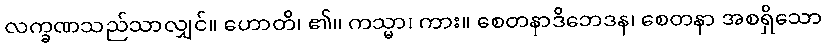
လက္ခဏသည်သာလျှင်။ ဟောတိ၊ ၏။ ကသ္မာ၊ ကား။ စေတနာဒိဘေဒန၊ စေတနာ အစရှိသော